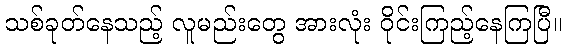
သစ်ခုတ်နေသည့် လူမည်းတွေ အားလုံး ဝိုင်းကြည့်နေကြပြီ။